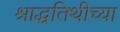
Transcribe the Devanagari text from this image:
श्राद्धतिथीच्या